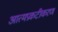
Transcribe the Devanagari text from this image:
आत्मप्रकटीकरण